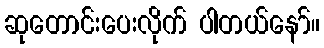
ဆုတောင်းပေးလိုက် ပါတယ်နော်။